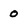
Character: 0